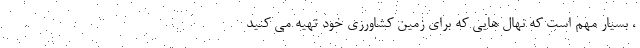
، بسیار مهم است که نهال هایی که برای زمین کشاورزی خود تهیه می کنید